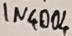
Text: IN4004